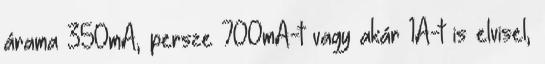
árama 350mA, persze 700mA-t vagy akár 1A-t is elvisel,